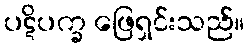
ပဋိပက္ခ ဖြေရှင်းသည်။